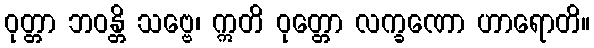
ဝုတ္တာ ဘဝန္တိ သဗ္ဗေ၊ ဣတိ ဝုတ္တော လက္ခဏော ဟာရောတိ။